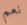
نعم